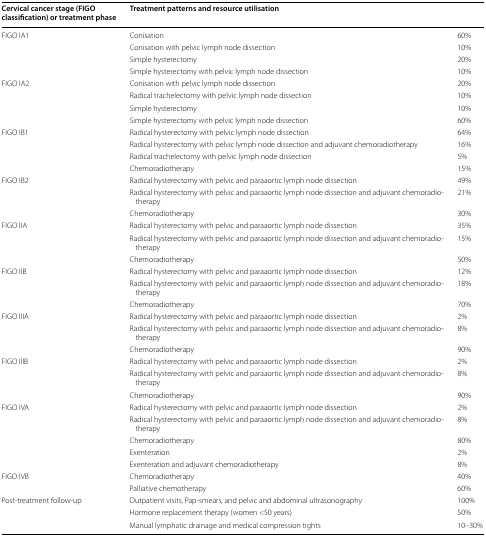
<table><thead><tr><td><b>Cervical cancer stage (FIGO classification) or treatment phase</b></td><td colspan="2"><b>Treatment patterns and resource utilisation</b></td></tr></thead><tbody><tr><td rowspan="4">FIGO IA1</td><td>Conisation</td><td>60%</td></tr><tr><td>Conisation with pelvic lymph node dissection</td><td>10%</td></tr><tr><td>Simple hysterectomy</td><td>20%</td></tr><tr><td>Simple hysterectomy with pelvic lymph node dissection</td><td>10%</td></tr><tr><td rowspan="4">FIGO IA2</td><td>Conisation with pelvic lymph node dissection</td><td>20%</td></tr><tr><td>Radical trachelectomy with pelvic lymph node dissection</td><td>10%</td></tr><tr><td>Simple hysterectomy</td><td>10%</td></tr><tr><td>Simple hysterectomy with pelvic lymph node dissection</td><td>60%</td></tr><tr><td rowspan="4">FIGO IB1</td><td>Radical hysterectomy with pelvic lymph node dissection</td><td>64%</td></tr><tr><td>Radical hysterectomy with pelvic lymph node dissection and adjuvant chemoradiotherapy</td><td>16%</td></tr><tr><td>Radical trachelectomy with pelvic lymph node dissection</td><td>5%</td></tr><tr><td>Chemoradiotherapy</td><td>15%</td></tr><tr><td rowspan="3">FIGO IB2</td><td>Radical hysterectomy with pelvic and paraaortic lymph node dissection</td><td>49%</td></tr><tr><td>Radical hysterectomy with pelvic and paraaortic lymph node dissection and adjuvant chemoradiotherapy</td><td>21%</td></tr><tr><td>Chemoradiotherapy</td><td>30%</td></tr><tr><td rowspan="3">FIGO IIA</td><td>Radical hysterectomy with pelvic and paraaortic lymph node dissection</td><td>35%</td></tr><tr><td>Radical hysterectomy with pelvic and paraaortic lymph node dissection and adjuvant chemoradiotherapy</td><td>15%</td></tr><tr><td>Chemoradiotherapy</td><td>50%</td></tr><tr><td rowspan="3">FIGO IIB</td><td>Radical hysterectomy with pelvic and paraaortic lymph node dissection</td><td>12%</td></tr><tr><td>Radical hysterectomy with pelvic and paraaortic lymph node dissection and adjuvant chemoradiotherapy</td><td>18%</td></tr><tr><td>Chemoradiotherapy</td><td>70%</td></tr><tr><td rowspan="3">FIGO IIIA</td><td>Radical hysterectomy with pelvic and paraaortic lymph node dissection</td><td>2%</td></tr><tr><td>Radical hysterectomy with pelvic and paraaortic lymph node dissection and adjuvant chemoradiotherapy</td><td>8%</td></tr><tr><td>Chemoradiotherapy</td><td>90%</td></tr><tr><td rowspan="3">FIGO IIIB</td><td>Radical hysterectomy with pelvic and paraaortic lymph node dissection</td><td>2%</td></tr><tr><td>Radical hysterectomy with pelvic and paraaortic lymph node dissection and adjuvant chemoradiotherapy</td><td>8%</td></tr><tr><td>Chemoradiotherapy</td><td>90%</td></tr><tr><td rowspan="5">FIGO IVA</td><td>Radical hysterectomy with pelvic and paraaortic lymph node dissection</td><td>2%</td></tr><tr><td>Radical hysterectomy with pelvic and paraaortic lymph node dissection and adjuvant chemoradiotherapy</td><td>8%</td></tr><tr><td>Chemoradiotherapy</td><td>80%</td></tr><tr><td>Exenteration</td><td>2%</td></tr><tr><td>Exenteration and adjuvant chemoradiotherapy</td><td>8%</td></tr><tr><td rowspan="2">FIGO IVB</td><td>Chemoradiotherapy</td><td>40%</td></tr><tr><td>Palliative chemotherapy</td><td>60%</td></tr><tr><td rowspan="3">Post-treatment follow-up</td><td>Outpatient visits, Pap-smears, and pelvic and abdominal ultrasonography</td><td>100%</td></tr><tr><td>Hormone replacement therapy (women &lt;50 years)</td><td>50%</td></tr><tr><td>Manual lymphatic drainage and medical compression tights</td><td>10–30%</td></tr></tbody></table>